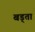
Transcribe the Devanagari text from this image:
बड्ता